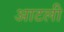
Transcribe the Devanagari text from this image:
आटली